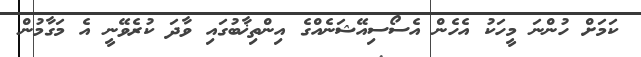
ކަމަށް ހުންނަ މީހަކު އެހެން އެސޯސިއޭޝަނެއްގެ އިންތިޚާބުގައި ވާދަ ކުރެވޭނީ އެ މަގާމުން